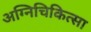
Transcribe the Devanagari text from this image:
अग्निचिकित्सा